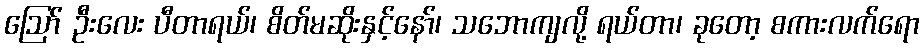
ဪ ဦးလေး ပီတာရယ်၊ စိတ်မဆိုးနှင့်နော်၊ သဘောကျလို့ ရယ်တာ၊ ခုတော့ စကားလက်ရော